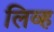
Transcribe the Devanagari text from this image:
लिव्ह